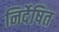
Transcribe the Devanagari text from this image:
निर्देषित